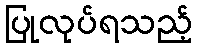
ပြုလုပ်ရသည့်